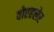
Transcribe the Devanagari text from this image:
वोएहलेर